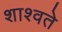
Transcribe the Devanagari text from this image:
शाश्वते